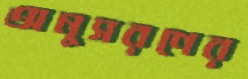
অনুসরণের